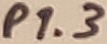
Text: P1.3